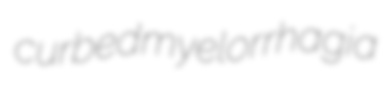
curbed myelorrhagia